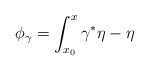
\begin{align*}\phi_\gamma =\int_{x_0}^x \gamma^*\eta-\eta\end{align*}